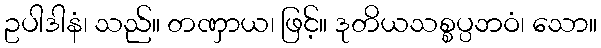
ဥပါဒါနံ၊ သည်။ တဏှာယ၊ ဖြင့်။ ဒုတိယသစ္စပ္ပဘဝံ၊ သော။